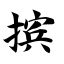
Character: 摈